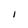
Character: I